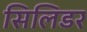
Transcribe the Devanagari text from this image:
सिलिडर